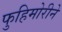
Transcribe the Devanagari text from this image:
फुहिमोरीने